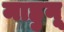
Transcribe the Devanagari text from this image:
माहुनू